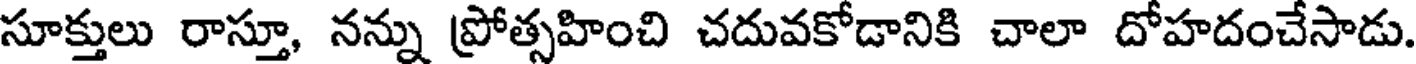
సూక్తులు రాస్తూ, నన్ను ప్రోత్సహించి చదువకోడానికి చాలా దోహదంచేసాడు.